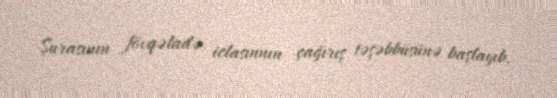
Şurasının fövqəladə iclasınnın çağırış təşəbbüsünə başlayıb.